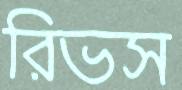
রিভস